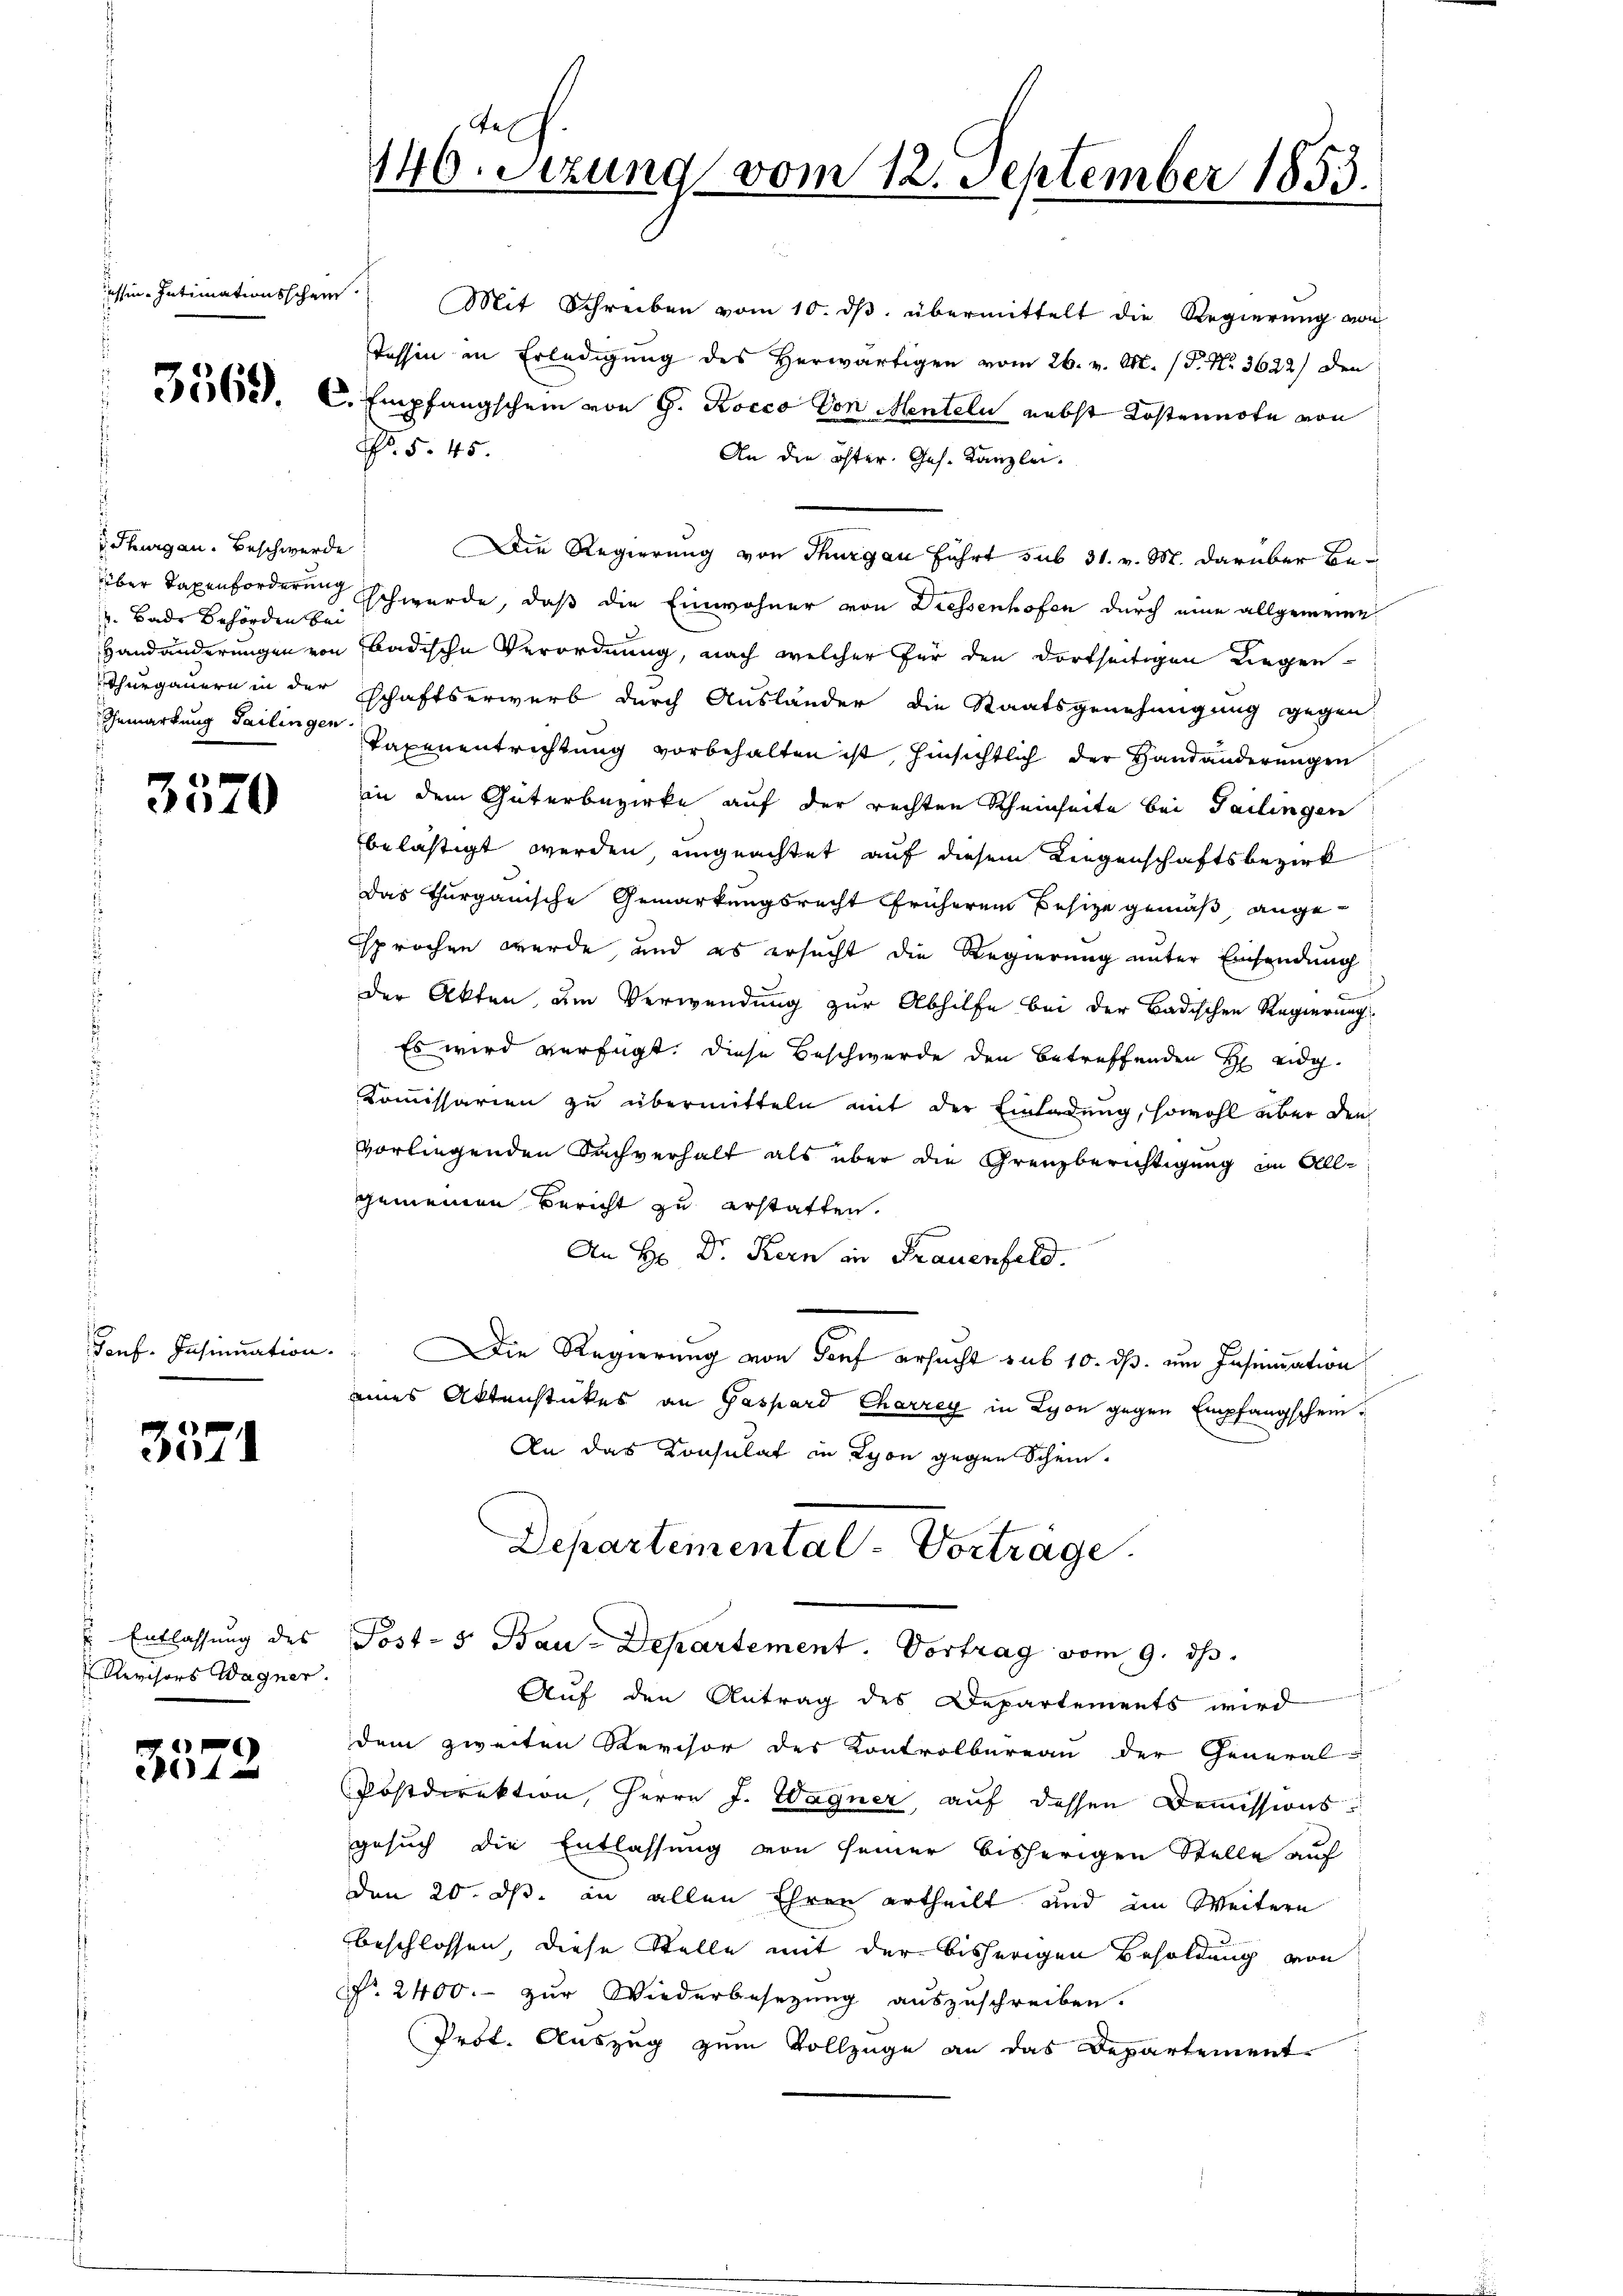
Cessin. Intimationsschein.

Thurgau. Beschwerde
u Bade Behörden bei
Gemarkung Sailingen

3570

Tonf. Insinuation

3571

Entlassung des
Revisors Wagner.

3572

tech
140. Setzung vom 12. September 1853.

Mit Schreiben vom 10. dβ. übermittelt die Regierung von
Tessin in Erledigung des Herwärtigen vom 26. v. M. (T. No. 3622) den
pister. C. Empfangschein von G. Rocco Von Menteln nebst Kostennote von
N. 5. 45.
An die öster. Ges. Kanzlei.
Die Regierung von Thurgau führt sub 31. v. M. darüber Beüber Taxenforderung schwerde, daß die Einwohner von Diessenhofen durch eine allgemeine
Handänderungen von Badische Verordnung, nach welcher für den dortseitigen Liegen-
Thurgauern in der Schaftserwerb durch Ausländer die Staatsgenehmigung gegen
Taxenentrichtung vorbehalten ist, hinsichtlich der Handänderungen
in dem Güterbezirke auf der rechten Rheinheite bei Tailingen
belästigt werden, ungeachtet auf diesem Liegenschaftsbezirk
Das Thurgauische Gemarkungsrecht früherem Besitze gemäß angesprochen werde, und es ersucht die Regierung unter Einsendung
der Akten, um Verwendung zur Abhilfe bei der Badischen Regierung
Es wird verfügt: diese Beschwerde den betreffenden Heidg.
Kommissarien zu übermitteln mit der Einladung, sowohl aber den
vorliegenden Sachverhalt als über die Grenzberichtigung im Allgemeinen Bericht zu erstatten.
An H: Dr. Kern in Frauenfeld.

Die Regierung von Torf ersucht sub 10. ds. um Insinuation
eines Aktenstückes an Gaspard Charrey in Lyon gegen Empfangschein¬
An das Consulat in Lyon gegen Schein.
Departemental-Vorträge.
Post- 5. Bau-Departement. Vortrag vom 9. ds.
Auf den Antrag des Departements wird
dem zweiten Revisor des Kontrolbureau der General-
Postdirektion, Herrn J. Wagner, auf dessen Domissionsgesuch die Entlassung von seiner bisherigen Stelle auf
den 20. d. an allen Ehren ertheilt und im Weitern
beschlossen, diese Stelle mit der bisherigen Besoldung von
Nr. 2400. zur Wiederbesezung auszuschreiben.
Prot. Auszug zum Vollzüge an das Departement-